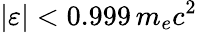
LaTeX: |\varepsilon|<0.999\, m_{e}c^{2}